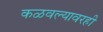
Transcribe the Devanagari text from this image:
कळवल्यावरही